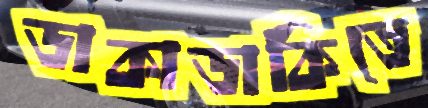
ডাকাডাকিতে